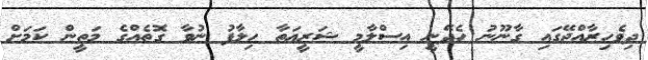
ދިވެހިރާއްޖޭގައި ގާނޫނު ހެދޭނީ އިސްލާމީ ޝަރީޢަތާ ހިލާފު ނުވާ ގޮތެއްގެ މަތީން ކަމަށް